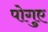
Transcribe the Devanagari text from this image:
पोगुए